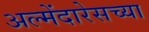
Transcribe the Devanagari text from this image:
अल्मेंदारेसच्या